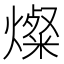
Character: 燦